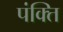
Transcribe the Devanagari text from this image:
पंक्‍ति